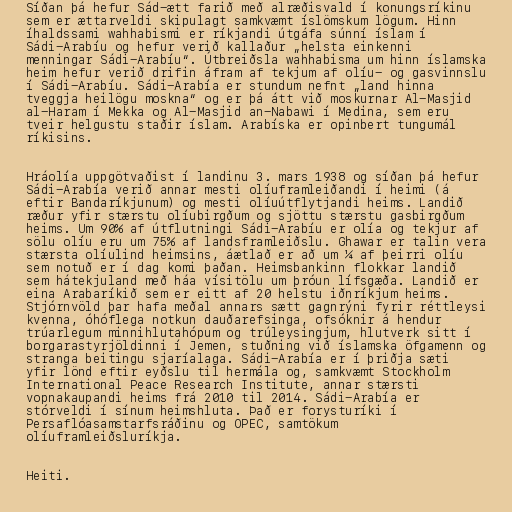
Síðan þá hefur Sád-ætt farið með alræðisvald í konungsríkinu
sem er ættarveldi skipulagt samkvæmt íslömskum lögum. Hinn
íhaldssami wahhabismi er ríkjandi útgáfa súnní íslam í
Sádi-Arabíu og hefur verið kallaður „helsta einkenni
menningar Sádi-Arabíu“. Útbreiðsla wahhabisma um hinn íslamska
heim hefur verið drifin áfram af tekjum af olíu- og gasvinnslu
í Sádi-Arabíu. Sádi-Arabía er stundum nefnt „land hinna
tveggja heilögu moskna“ og er þá átt við moskurnar Al-Masjid
al-Haram í Mekka og Al-Masjid an-Nabawi í Medina, sem eru
tveir helgustu staðir íslam. Arabíska er opinbert tungumál
ríkisins.

Hráolía uppgötvaðist í landinu 3. mars 1938 og síðan þá hefur
Sádi-Arabía verið annar mesti olíuframleiðandi í heimi (á
eftir Bandaríkjunum) og mesti olíuútflytjandi heims. Landið
ræður yfir stærstu olíubirgðum og sjöttu stærstu gasbirgðum
heims. Um 90% af útflutningi Sádi-Arabíu er olía og tekjur af
sölu olíu eru um 75% af landsframleiðslu. Ghawar er talin vera
stærsta olíulind heimsins, áætlað er að um ¼ af þeirri olíu
sem notuð er í dag komi þaðan. Heimsbankinn flokkar landið
sem hátekjuland með háa vísitölu um þróun lífsgæða. Landið er
eina Arabaríkið sem er eitt af 20 helstu iðnríkjum heims.
Stjórnvöld þar hafa meðal annars sætt gagnrýni fyrir réttleysi
kvenna, óhóflega notkun dauðarefsinga, ofsóknir á hendur
trúarlegum minnihlutahópum og trúleysingjum, hlutverk sitt í
borgarastyrjöldinni í Jemen, stuðning við íslamska öfgamenn og
stranga beitingu sjaríalaga. Sádi-Arabía er í þriðja sæti
yfir lönd eftir eyðslu til hermála og, samkvæmt Stockholm
International Peace Research Institute, annar stærsti
vopnakaupandi heims frá 2010 til 2014. Sádi-Arabía er
stórveldi í sínum heimshluta. Það er forysturíki í
Persaflóasamstarfsráðinu og OPEC, samtökum
olíuframleiðsluríkja.

Heiti.